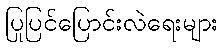
ပြုပြင်ပြောင်းလဲရေးများ